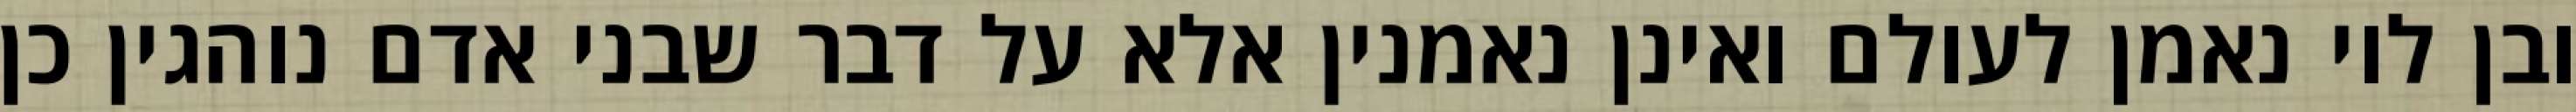
ובן לוי נאמן לעולם ואינן נאמנין אלא על דבר שבני אדם נוהגין כן